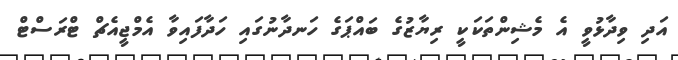
އަދި ވިދާޅުވީ އެ މެޝިންތަކަކީ ރިޔާޒުގެ ބައްޕަގެ ހަނދާނުގައި ހަދާފައިވާ އެމްޖީއެޗް ޓްރަސްޓް